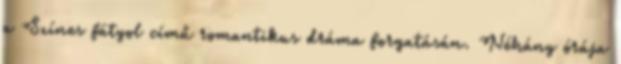
a Színes fátyol című romantikus dráma forgatásán. Néhány órája